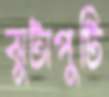
ঝুটাপুটি